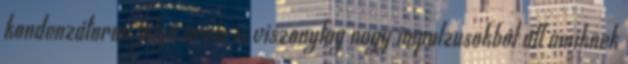
kondenzátoron folyó áram is viszonylag nagy impulzusokból áll amiknek